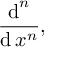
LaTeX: { \frac { \operatorname { d } ^ { n } } { \operatorname { d } x ^ { n } } } ,